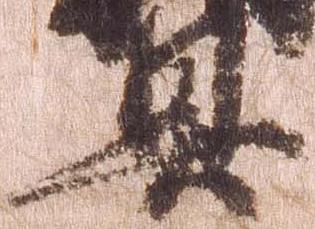
具